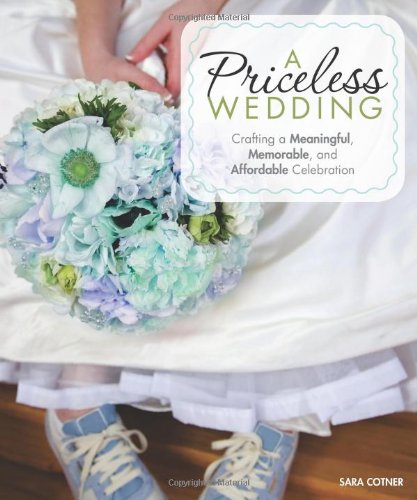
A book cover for A Priceless Wedding: Crafting a Meaningful, Memorable, and Affordable Celebration; Sara Cotner; Crafts, Hobbies & Home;